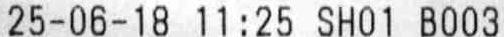
25-06-18 11:25 SH01 B003